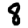
Digit: 8